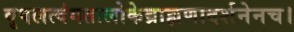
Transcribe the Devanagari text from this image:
वृषलत्वंगतालोकेब्राह्मणादर्शनेनच।